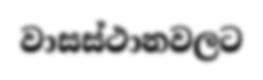
වාසස්ථානවලට